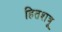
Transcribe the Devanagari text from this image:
हितशत्रू